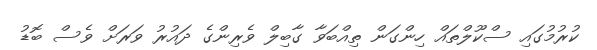
ކުރުމުގައި ސްކޫލްތައް ހިންގަން ތިއްބަވާ ގާބިލް ވެރިންގެ ދައުރު ވަރަށް ވެސް ބޮޑު